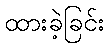
ထားခဲ့ခြင်း